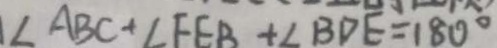
\angle A B C + \angle F E B + \angle B D E = 1 8 0 ^ { \circ }